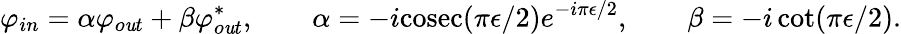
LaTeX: \varphi_{in}=\alpha\varphi_{o\mathit{u}t}+\beta\varphi_{o\mathit{u}t}^{*},\qquad\alpha=-i\mathrm{{cosec}}(\pi\epsilon/2)e^{-i\pi\epsilon/2},\qquad\beta=-i\cot(\pi\epsilon/2).